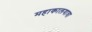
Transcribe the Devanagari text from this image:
महाकालयात्रा